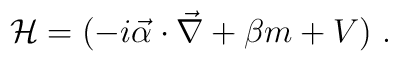
{\cal H} = (-i \vec{\alpha} \cdot \vec\nabla + \beta m + V)\ .